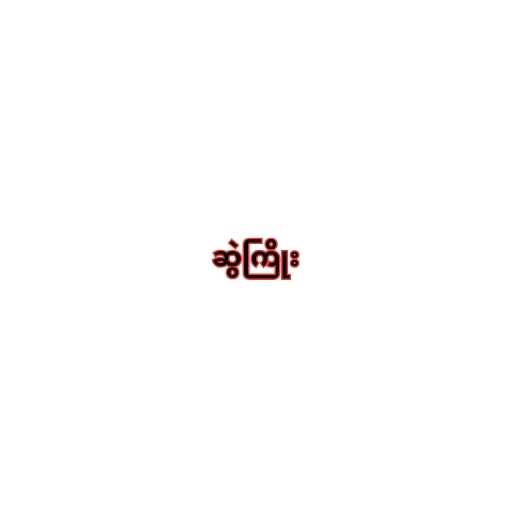
ဆွဲကြိုး